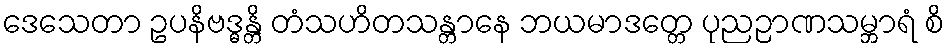
ဒေသေတာ ဥပနိဗဒ္ဓန္တိ တံသဟိတသန္တာနေ ဘယမာဒတ္တေ ပုညဉာဏသမ္ဘာရံ စိ